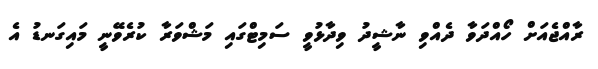
ރާއްޖެއަށް ހޯއްދަވާ ދެއްވި ނާޝީދު ވިދާޅުވީ ސަމިޓްގައި މަޝްވަރާ ކުރެވޭނީ މައިގަނޑު އެ